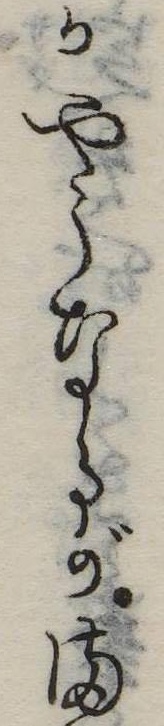
かやうなるがま